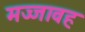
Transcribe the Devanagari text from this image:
मज्जावह